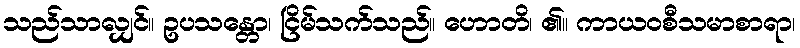
သည်သာလျှင်။ ဥပသန္တော၊ ငြိမ်သက်သည်။ ဟောတိ၊ ၏။ ကာယဝစီသမာစာရာ၊